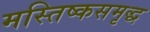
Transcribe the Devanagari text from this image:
मस्तिष्कसमृद्ध